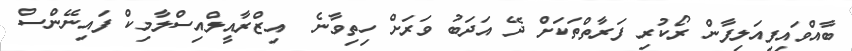
ބާއްވައިފިއަލިފާން ރޯކުރި ފަރާތްތަކަށް ދޭ އަދަބު ވަރަށް ހިތިވާނެ  އިޒްރާއީލްއިސްލާމިކް ފައިނޭންސް